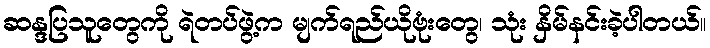
ဆန္ဒပြသူတွေကို ရဲတပ်ဖွဲ့က မျက်ရည်ယိုဗုံးတွေ၊ သုံး နှိမ်နင်းခဲ့ပါတယ်။